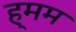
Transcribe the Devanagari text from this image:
ह्मम